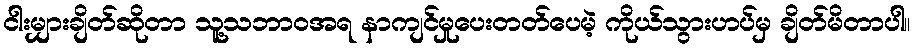
ငါးမျှားချိတ်ဆိုတာ သူ့သဘာဝအရ နာကျင်မှုပေးတတ်ပေမဲ့ ကိုယ်သွားဟပ်မှ ချိတ်မိတာပါ။